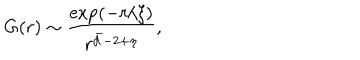
G ( r ) \sim \frac { \exp ( - r / \xi ) } { r ^ { \bar { d } - 2 + \eta } } ,